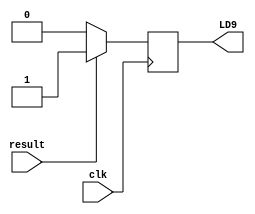
module check_result(
    input   result,
    input   clk,
    output reg  LD9
);
    always@(posedge clk)begin
        if(result == 1'b1)
            LD9 = 1;
        else
            LD9 = 0;
    end
endmodule